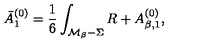
\bar { A } _ { 1 } ^ { ( 0 ) } = \frac 1 6 \int _ { { \cal M } _ { \beta } - \Sigma } R + A _ { \beta , 1 } ^ { ( 0 ) } ,